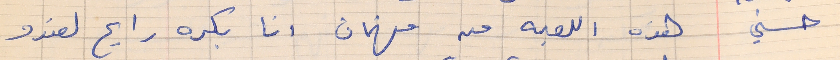
حسني    هذه اللعبه من فهمان انا بكره رايح لعندو